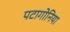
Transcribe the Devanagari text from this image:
पटागोनिया